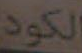
الكود